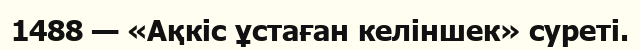
1488 — «Ақкіс ұстаған келіншек» суреті.